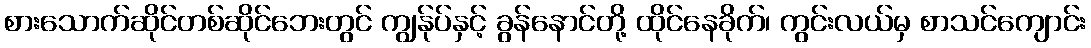
စားသောက်ဆိုင်တစ်ဆိုင်ဘေးတွင် ကျွန်ုပ်နှင့် ခွန်နောင်တို့ ထိုင်နေခိုက်၊ ကွင်းလယ်မှ စာသင်ကျောင်း